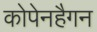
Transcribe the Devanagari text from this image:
कोपेनहैगन